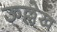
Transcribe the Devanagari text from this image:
ऊल्लेख